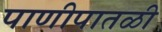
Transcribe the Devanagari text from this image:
पाणीपातळी